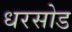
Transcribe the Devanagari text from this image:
धरसोड